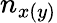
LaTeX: n_{x(y)}